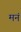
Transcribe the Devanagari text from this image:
मनं